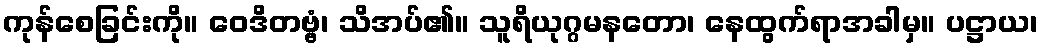
ကုန်စေခြင်းကို။ ဝေဒိတဗ္ဗံ၊ သိအပ်၏။ သူရိယုဂ္ဂမနတော၊ နေထွက်ရာအခါမှ။ ပဋ္ဌာယ၊